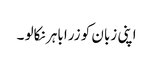
اپنی زبان کو زرا باہر نکالو ۔